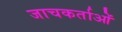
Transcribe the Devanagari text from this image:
जाचकर्ताओं